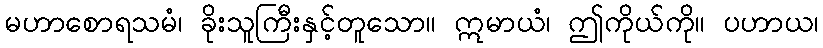
မဟာစောရသမံ၊ ခိုးသူကြီးနှင့်တူသော။ ဣမာယံ၊ ဤကိုယ်ကို။ ပဟာယ၊